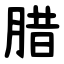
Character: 腊